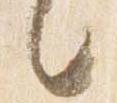
言